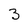
Character: 3